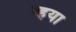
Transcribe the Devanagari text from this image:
व्हया